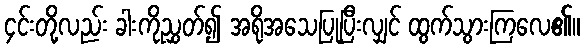
၄င်းတို့လည်း ခါးကိုညွှတ်၍ အရိုအသေပြုပြီးလျှင် ထွက်သွားကြလေ၏။